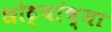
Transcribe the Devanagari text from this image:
छोट्यांच्या